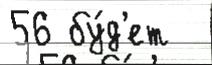
56 бу́д'ет